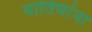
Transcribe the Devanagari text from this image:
यातिघांना